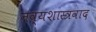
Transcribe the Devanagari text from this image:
नव्यशास्त्रवाद